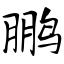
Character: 鹏